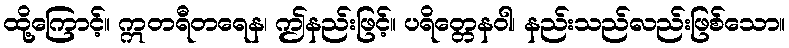
ထို့ကြောင့်။ ဣတရီတရေန၊ ဤနည်းဖြင့်။ ပရိတ္တေနဝါ၊ နည်းသည်လည်းဖြစ်သော။